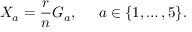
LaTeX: X _ { a } = \frac { r } { n } G _ { a } , \; \; \; \; \; a \in \{ 1 , \ldots , 5 \} .